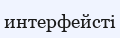
интерфейсті